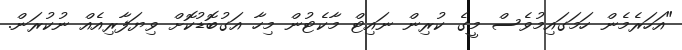
"އަހަރެމެން ހަމަގައިމުވެސް މީގެ ކުރިން ނައިޓް މާކެޓުން މިހާ އަގުބޮޑުކޮށް ވިޔަފާރިއެއް ނުކުރަން.